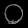
Digit: ၀